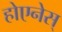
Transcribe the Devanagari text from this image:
होएनेस्